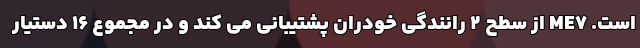
است. ME7 از سطح 2 رانندگی خودران پشتیبانی می کند و در مجموع 16 دستیار